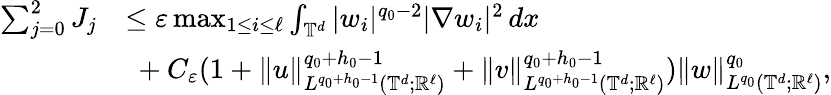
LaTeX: \begin{array}{rl}{\sum_{j=0}^{2}J_{j}}&{\leq\varepsilon\operatorname*{max}_{1\leq i\leq\ell}\int_{\mathbb{T}^{d}}|w_{i}|^{q_{0}-2}|\nabla w_{i}|^{2}\, dx}\\ &{\ +C_{\varepsilon}(1+\| u\| _{L^{q_{0}+h_{0}-1}(\mathbb{T}^{d};{\mathbb R}^{\ell})}^{q_{0}+h_{0}-1}+\| v\| _{L^{q_{0}+h_{0}-1}(\mathbb{T}^{d};{\mathbb R}^{\ell})}^{q_{0}+h_{0}-1})\| w\| _{L^{q_{0}}(\mathbb{T}^{d};{\mathbb R}^{\ell})}^{q_{0}},}\end{array}